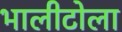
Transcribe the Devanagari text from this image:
भालीटोला